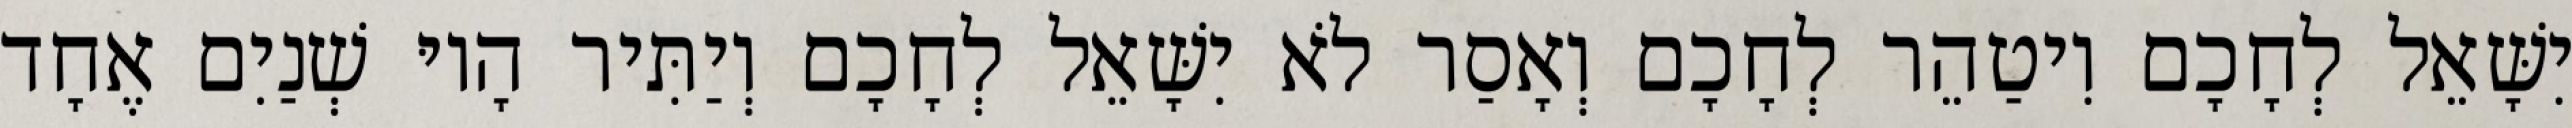
יִשָּׁאֵל לְחָכָם וִיטַהֵר לְחָכָם וְאָסַר לֹא יִשָּׁאֵל לְחָכָם וְיַתִּיר הָיוּ שְׁנַיִם אֶחָד